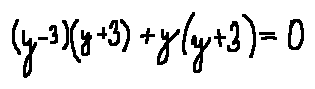
( y - 3 ) ( y + 3 ) + y ( y + 3 ) = 0